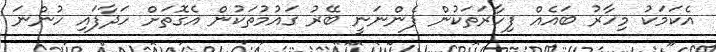
އެކަމަކު މިހާރު ބައެއް ފިހާރަތަކުން ފެންނަނީ ބޭރު ގައުމުތަކުން އެގޮތަށް ހަދާފައި ހުންނަ